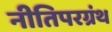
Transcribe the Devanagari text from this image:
नीतिपरग्रंथ